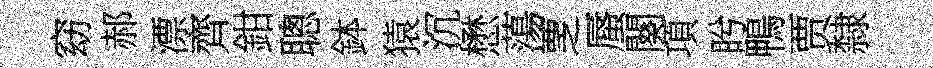
窈郝漂齊鉗聰鉢猿沉懋蕩覂蜃闋項盻鴨贾隸